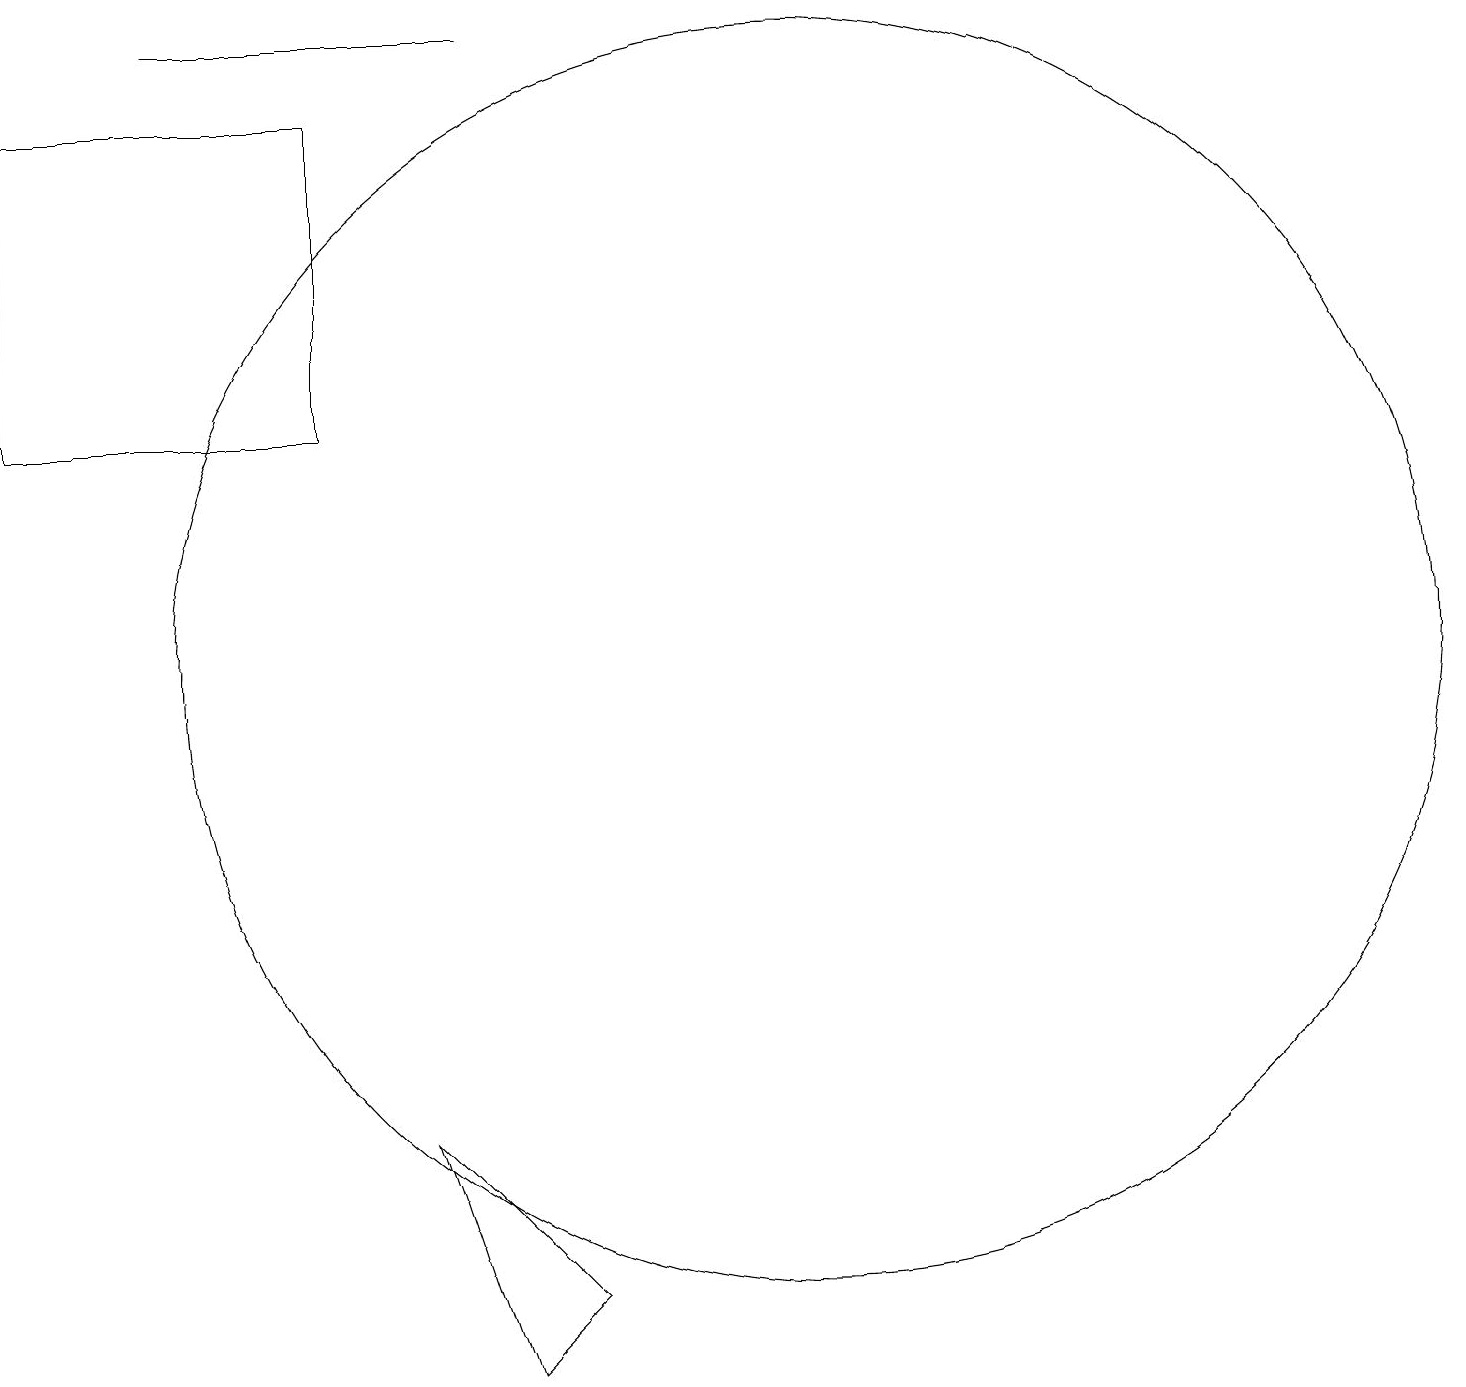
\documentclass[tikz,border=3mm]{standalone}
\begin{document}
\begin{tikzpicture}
\draw (5,17) rectangle (1,13);
\draw (11,10) circle (8);
\draw (6,4) -- (8,2) -- (7,1) -- cycle;
\draw (3,18) rectangle (7,18);
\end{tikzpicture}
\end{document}